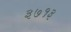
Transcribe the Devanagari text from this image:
३७१३